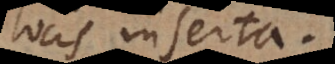
locis inserta.